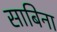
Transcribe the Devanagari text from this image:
साबिना